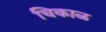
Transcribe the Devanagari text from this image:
चिकाळ